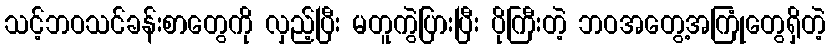
သင့်ဘဝသင်ခန်းစာတွေကို လှည့်ပြီး မတူကွဲပြားပြီး ပိုကြီးတဲ့ ဘဝအတွေ့အကြုံတွေရှိတဲ့